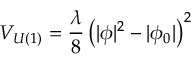
V _ { U ( 1 ) } = \frac { \lambda } { 8 } \left( | \phi | ^ { 2 } - | \phi _ { 0 } | \right) ^ { 2 }